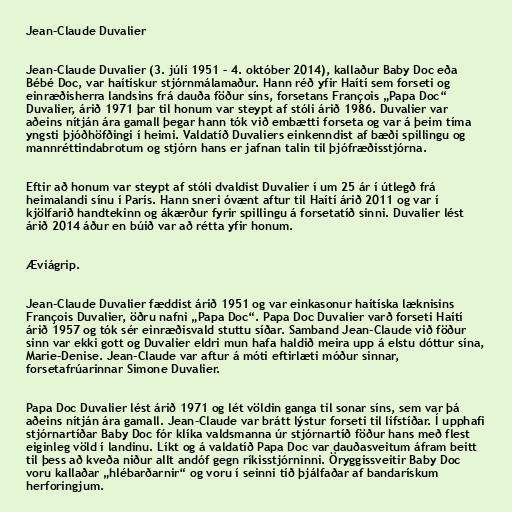
Jean-Claude Duvalier

Jean-Claude Duvalier (3. júlí 1951 – 4. október 2014), kallaður Baby Doc eða
Bébé Doc, var haítískur stjórnmálamaður. Hann réð yfir Haítí sem forseti og
einræðisherra landsins frá dauða föður síns, forsetans François „Papa Doc“
Duvalier, árið 1971 þar til honum var steypt af stóli árið 1986. Duvalier var
aðeins nítján ára gamall þegar hann tók við embætti forseta og var á þeim tíma
yngsti þjóðhöfðingi í heimi. Valdatíð Duvaliers einkenndist af bæði spillingu og
mannréttindabrotum og stjórn hans er jafnan talin til þjófræðisstjórna.

Eftir að honum var steypt af stóli dvaldist Duvalier í um 25 ár í útlegð frá
heimalandi sínu í París. Hann sneri óvænt aftur til Haítí árið 2011 og var í
kjölfarið handtekinn og ákærður fyrir spillingu á forsetatíð sinni. Duvalier lést
árið 2014 áður en búið var að rétta yfir honum.

Æviágrip.

Jean-Claude Duvalier fæddist árið 1951 og var einkasonur haítíska læknisins
François Duvalier, öðru nafni „Papa Doc“. Papa Doc Duvalier varð forseti Haítí
árið 1957 og tók sér einræðisvald stuttu síðar. Samband Jean-Claude við föður
sinn var ekki gott og Duvalier eldri mun hafa haldið meira upp á elstu dóttur sína,
Marie-Denise. Jean-Claude var aftur á móti eftirlæti móður sinnar,
forsetafrúarinnar Simone Duvalier.

Papa Doc Duvalier lést árið 1971 og lét völdin ganga til sonar síns, sem var þá
aðeins nítján ára gamall. Jean-Claude var brátt lýstur forseti til lífstíðar. Í upphafi
stjórnartíðar Baby Doc fór klíka valdsmanna úr stjórnartíð föður hans með flest
eiginleg völd í landinu. Líkt og á valdatíð Papa Doc var dauðasveitum áfram beitt
til þess að kveða niður allt andóf gegn ríkisstjórninni. Öryggissveitir Baby Doc
voru kallaðar „hlébarðarnir“ og voru í seinni tíð þjálfaðar af bandarískum
herforingjum.